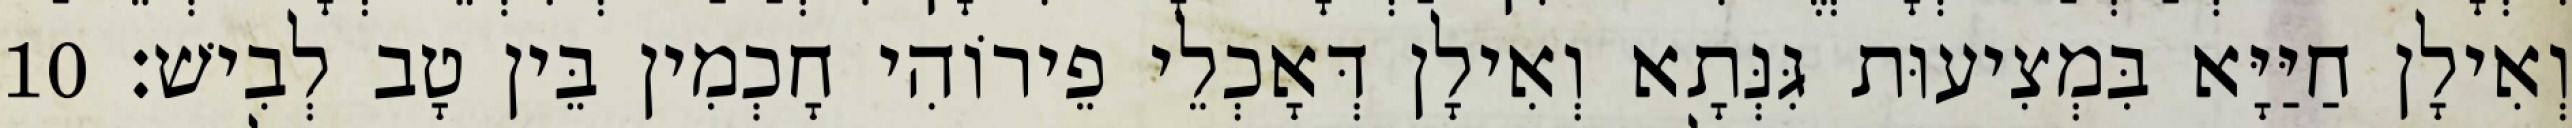
וְאִילָן חַיַּיָּא בִּמְצִיעוּת גִּנְּתָא וְאִילָן דְּאָכְלֵי פֵירוֹהִי חָכְמִין בֵּין טָב לְבִישׁ׃ 10